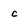
Character: c